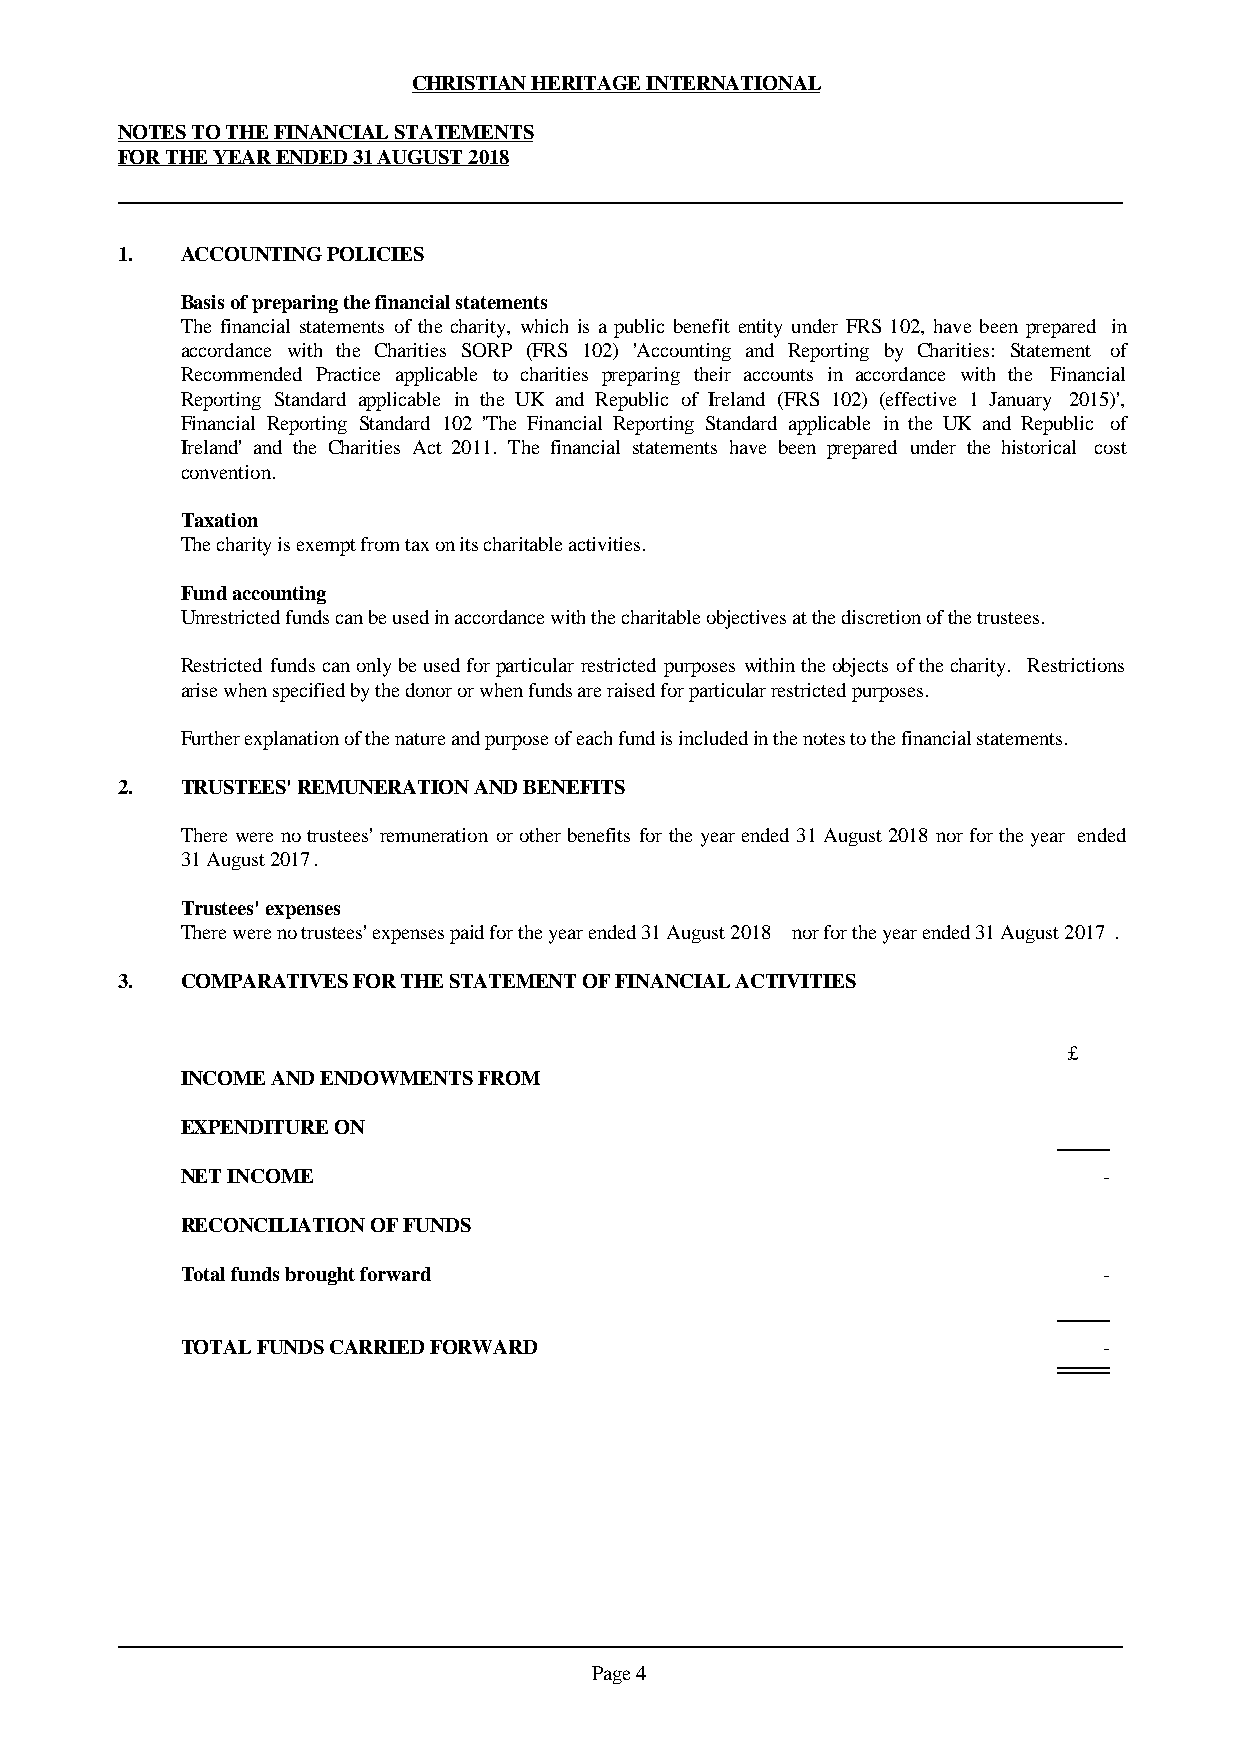
CHRISTIAN HERITAGE INTERNATIONAL
 NOTES TO THE FINANCIAL STATEMENTS
 FOR THE YEAR ENDED 31 AUGUST 2018
 1.  ACCOUNTING POLICIES
 Basis of preparing the financial statements
 The financial statements of the charity, which is a public benefit entity under FRS 102, have been prepared in
 accordance with the Charities SORP (FRS 102) 'Accounting and Reporting by Charities: Statement of
 Recommended Practice applicable to charities preparing their accounts in accordance with the Financial
 Reporting Standard applicable in the UK and Republic of Ireland (FRS 102) (effective 1 January 2015)',
 Financial Reporting Standard 102 'The Financial Reporting Standard applicable in the UK and Republic of
 Ireland' and the Charities Act 2011. The financial statements have been prepared under the historical cost
 convention.
 Taxation
 The charity is exempt from tax on its charitable activities.
 Fund accounting
 Unrestricted funds can be used in accordance with the charitable objectives at the discretion of the trustees.
 Restrictedfundscanonlybeusedforparticularrestrictedpurposeswithintheobjectsofthecharity. Restrictions
 arise when specified by the donor or when funds are raised for particular restricted purposes.
 Further explanation of the nature and purpose of each fund is included in the notes to the financial statements.
 2.  TRUSTEES' REMUNERATION AND BENEFITS
 Therewerenotrustees'remunerationorotherbenefitsfortheyearended31August2018 norfortheyear ended
 31 August 2017.
 Trustees' expenses
 There were no trustees' expenses paid for the year ended 31 August 2018 nor for the year ended 31 August 2017.
 3.  COMPARATIVES FOR THE STATEMENT OF FINANCIAL ACTIVITIES
 £
 INCOME AND ENDOWMENTS FROM
 EXPENDITURE ON
 NET INCOME                                                   -
 RECONCILIATION OF FUNDS
 Total funds brought forward                                  -
 TOTAL FUNDS CARRIED FORWARD                                  -
 Page 4